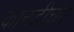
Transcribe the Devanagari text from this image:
कानडीच्या